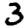
Digit: 3